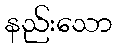
နည်းသော